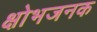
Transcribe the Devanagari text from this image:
क्षोभजनक